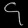
Digit: ၄